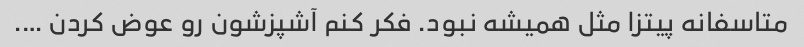
متاسفانه پیتزا مثل همیشه نبود. فکر کنم آشپزشون رو عوض کردن ….